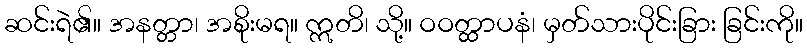
ဆင်းရဲ၏။ အနတ္တာ၊ အစိုးမရ။ ဣတိ၊ သို့။ ဝဝတ္ထာပနံ၊ မှတ်သားပိုင်းခြား ခြင်းကို။